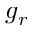
g _ { r }